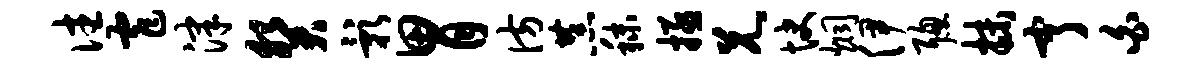
往窄津癸影胃彷恭秣拯兄快炯伊聪抹亨白